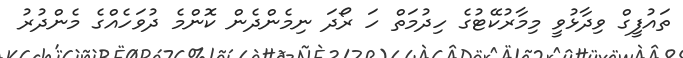
ތައުފީގް ވިދާޅުވީ މިމާރުކޭޓުގެ ހިދުމަތް ހަ ރޯދަ ނިމެންދެން ކޮންމެ ދުވަހެއްގެ މެންދުރު